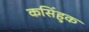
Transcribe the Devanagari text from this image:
कसिंहुक